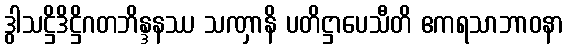
ဒွါသဋ္ဌိဒိဋ္ဌိဂတဘိန္ဒနဿ သဏှာနိ ပတိဋ္ဌာပေသီတိ ဧကရသာဘာဝနာ